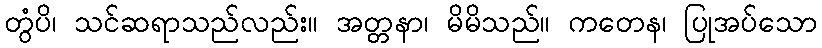
တွံပိ၊ သင်ဆရာသည်လည်း။ အတ္တနာ၊ မိမိသည်။ ကတေန၊ ပြုအပ်သော